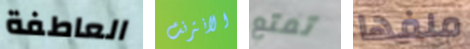
العاطفة الانترنت تمتع ملفها